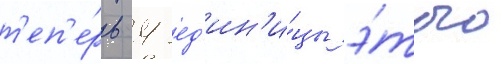
т'еп'е́рь 4 ед'ин'и́цы э́того